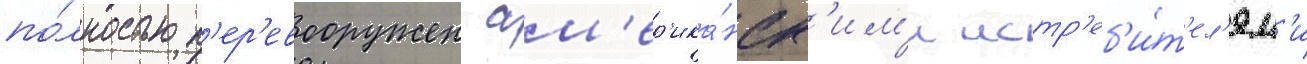
по́лностью п'ер'евооружен ам'ер'ика́нск'им'и истр'еб'и́т'ел'ям'и